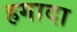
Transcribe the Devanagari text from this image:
हगादा